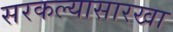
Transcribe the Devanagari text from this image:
सरकल्यासारखा